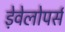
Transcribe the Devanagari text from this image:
ड़ेवेलोपर्स